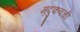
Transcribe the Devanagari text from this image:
मृदुकवची